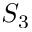
S _ { 3 }